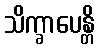
သိက္ခာပေန္တိ